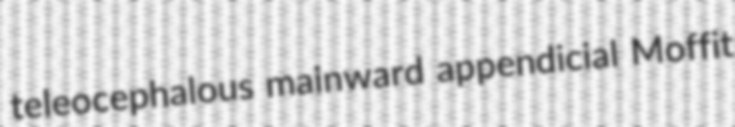
teleocephalous mainward appendicial Moffit